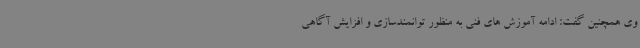
وی همچنین گفت: ادامه آموزش های فنی به منظور توانمندسازی و افزایش آگاهی